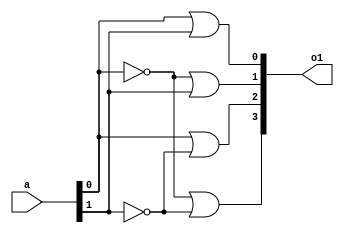
`timescale 1ns / 1ps
//////////////////////////////////////////////////////////////////////////////////
// Company: 
// Engineer: 
// 
// Design Name: 
// Module Name: Decoder2_4
// Project Name: 
// Target Devices: 
// Tool Versions: 
// Description: 
// 
// Dependencies: 
// 
// Revision:
// Revision 0.01 - File Created
// Additional Comments:
// 
//////////////////////////////////////////////////////////////////////////////////


module Decoder2_4(input [1:0] a, output [3:0] o1);
    
    wire [1:0]n;
    not gNot1 (n[0], a[0]);
    not gNot2 (n[1], a[1]);
    
    or g1 (o1[3],n[0],n[1]);
    or g2 (o1[2],a[0],n[1]);
    or g3 (o1[1],n[0],a[1]);
    or g4 (o1[0],a[0],a[1]);

endmodule